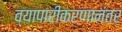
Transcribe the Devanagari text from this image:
व्यापारीकरणानंतर